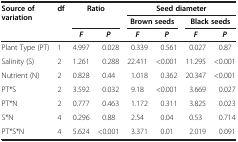
<table><thead><tr><td><b>Source of variation</b></td><td><b>df</b></td><td colspan="2"><b>Ratio</b></td><td colspan="4"><b>Seed diameter</b></td></tr><tr><td><b> </b></td><td><b> </b></td><td colspan="2"><b> </b></td><td colspan="2"><b>Brown seeds</b></td><td colspan="2"><b>Black seeds</b></td></tr><tr><td><b> </b></td><td><b> </b></td><td><b><i>F</i></b></td><td><b><i>P</i></b></td><td><b><i>F</i></b></td><td><b><i>P</i></b></td><td><b><i>F</i></b></td><td><b><i>P</i></b></td></tr></thead><tbody><tr><td>Plant Type (PT)</td><td>1</td><td>4.997</td><td>0.028</td><td>0.339</td><td>0.561</td><td>0.027</td><td>0.87</td></tr><tr><td>Salinity (S)</td><td>2</td><td>1.261</td><td>0.288</td><td>22.411</td><td>&lt;0.001</td><td>11.295</td><td>&lt;0.001</td></tr><tr><td>Nutrient (N)</td><td>2</td><td>0.828</td><td>0.44</td><td>1.018</td><td>0.362</td><td>20.347</td><td>&lt;0.001</td></tr><tr><td>PT*S</td><td>2</td><td>3.592</td><td>0.032</td><td>9.18</td><td>&lt;0.001</td><td>3.669</td><td>0.027</td></tr><tr><td>PT*N</td><td>2</td><td>0.777</td><td>0.463</td><td>1.172</td><td>0.311</td><td>3.825</td><td>0.023</td></tr><tr><td>S*N</td><td>4</td><td>0.296</td><td>0.88</td><td>2.54</td><td>0.04</td><td>0.53</td><td>0.714</td></tr><tr><td>PT*S*N</td><td>4</td><td>5.624</td><td>&lt;0.001</td><td>3.371</td><td>0.01</td><td>2.019</td><td>0.091</td></tr></tbody></table>